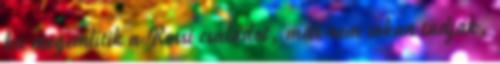
ha megemlítik a Rossi családot, már nem sokan tudják,